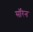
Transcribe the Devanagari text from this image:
सॉरेन